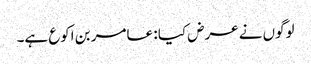
لوگوں نے عرض کیا : عامر بن اکوع ہے۔